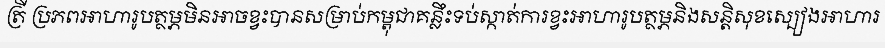
ត្រី ប្រភពអាហារូបត្ថម្ភមិនអាចខ្វះបានសម្រាប់កម្ពុជាគន្លឹះទប់ស្កាត់ការខ្វះអាហារូបត្ថម្ភនិងសន្តិសុខស្បៀងអាហារ